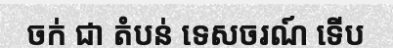
ចក់ ជា តំបន់ ទេសចរណ៍ ទើប